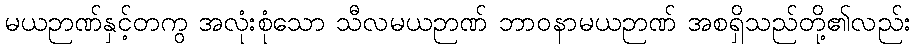
မယဉာဏ်နှင့်တကွ အလုံးစုံသော သီလမယဉာဏ် ဘာဝနာမယဉာဏ် အစရှိသည်တို့၏လည်း